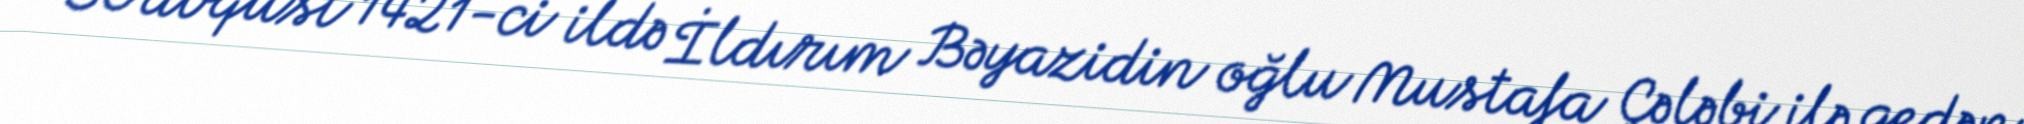
30 avqust 1421-ci ildə İldırım Bəyazidin oğlu Mustafa Çələbi ilə gedən